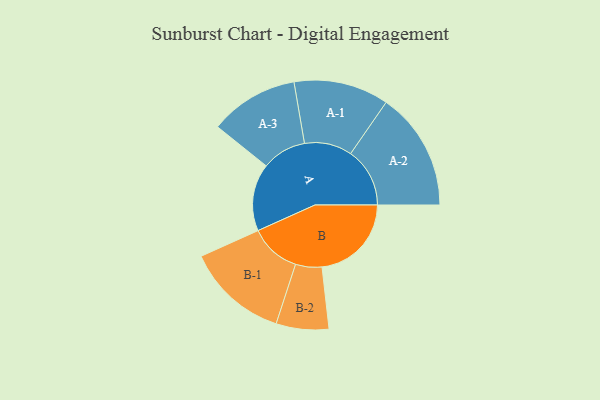
{"axis": {"x": "Segment", "y": "Value"}, "legend": ["", "A", "B"], "data": [{"x": "A", "y": 330, "type": ""}, {"x": "B", "y": 438, "type": ""}, {"x": "A-1", "y": 233, "type": "A"}, {"x": "A-2", "y": 290, "type": "A"}, {"x": "A-3", "y": 218, "type": "A"}, {"x": "B-1", "y": 250, "type": "B"}, {"x": "B-2", "y": 129, "type": "B"}]}